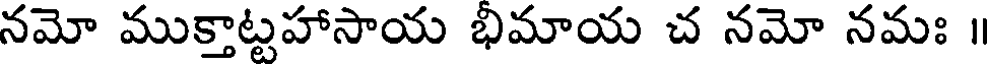
నమో ముక్తాట్టహాసాయ భిమాయ చ నమో నమః ॥